Report of the Bombay Veterinary College
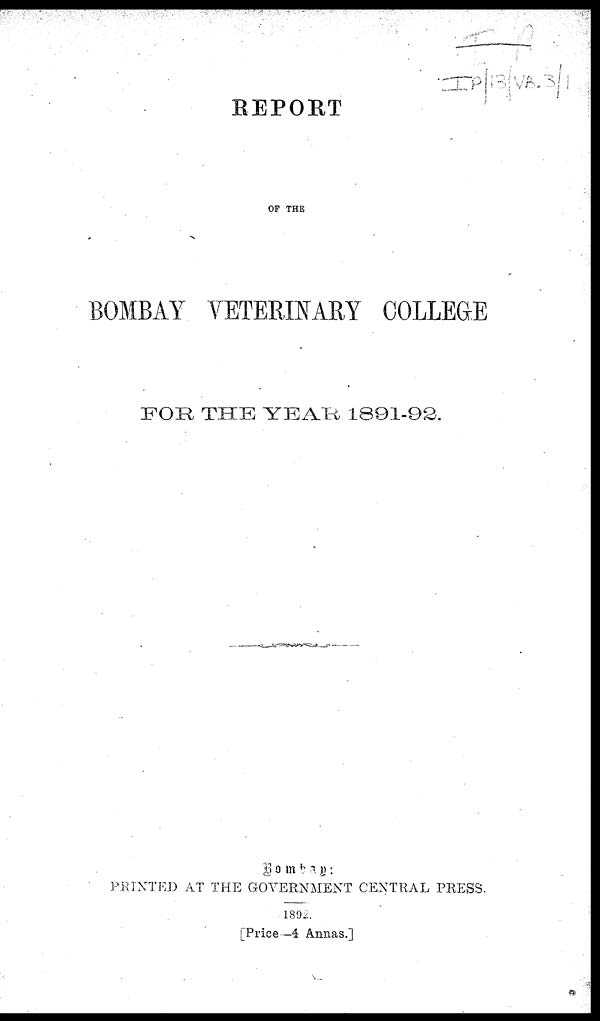
REPORT
OF THE
BOMBAY VETERINARY COLLEGE
FOR THE YEAR 1891-92.
Bombay
:
PRINTED AT THE GOVERNMENT CENTRAL PRESS.
1892.
[Price—4 Annas.]